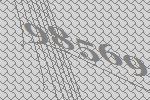
98569